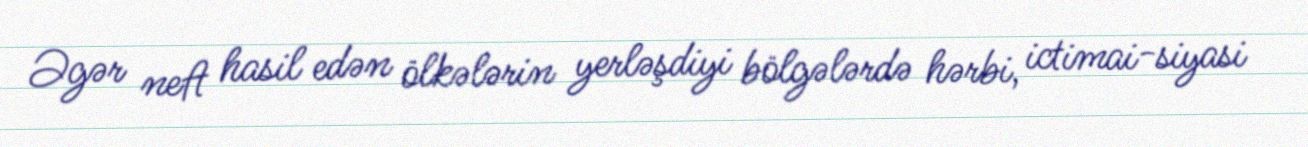
Əgər neft hasil edən ölkələrin yerləşdiyi bölgələrdə hərbi, ictimai-siyasi